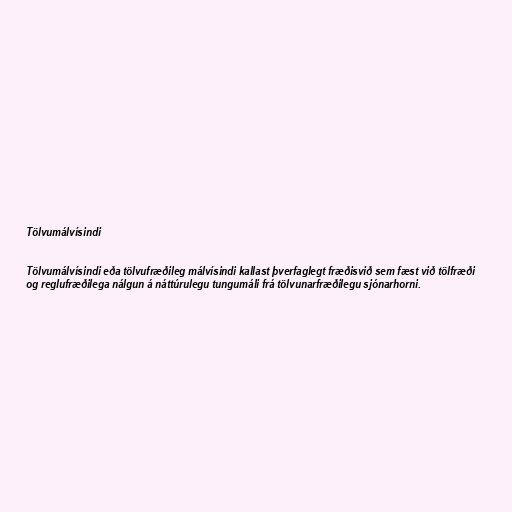
Tölvumálvísindi

Tölvumálvísindi eða tölvufræðileg málvísindi kallast þverfaglegt fræðisvið sem fæst við tölfræði
og reglufræðilega nálgun á náttúrulegu tungumáli frá tölvunarfræðilegu sjónarhorni.